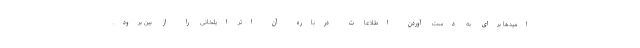
امیدها برای به دست آوردن اطلاعات درباره آن اثر ایلخانی را از بین برود.